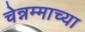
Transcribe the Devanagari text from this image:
चेन्नम्माच्या